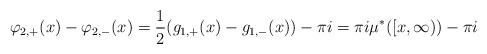
LaTeX: \begin{align*}\varphi_{2,+}(x) - \varphi_{2,-}(x) = \frac{1}{2} (g_{1,+}(x) - g_{1,-}(x) ) - \pi i= \pi i \mu^*([x,\infty)) - \pi i\end{align*}